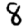
Digit: 8